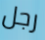
رجل